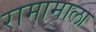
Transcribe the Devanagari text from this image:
रामामाला